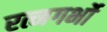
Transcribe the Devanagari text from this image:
रत्नगर्भो